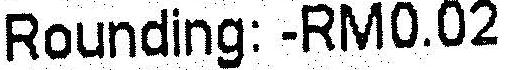
ROUNDING: -RM0.02